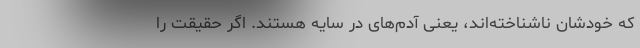
که خودشان ناشناخته‌اند، یعنی آدم‌های در سایه هستند. اگر حقیقت را